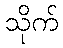
သိုက်